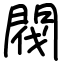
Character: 閥